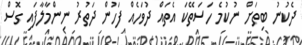
ދެކުނު ބިތަށް ނުކުމެ ހަސަތޭކަ އެތައް ދުވަހެއް ފަހުން ދަތުރު ނިންމާލާފައި ގޮސް